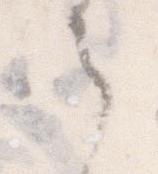
ら